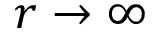
r \to \infty